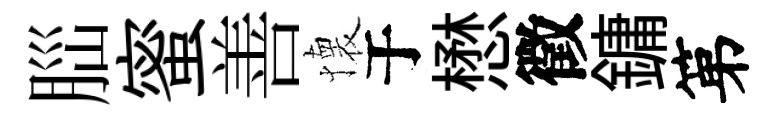
𦛁蜜善懐于懋徵鏞第